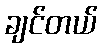
ချင်တယ်